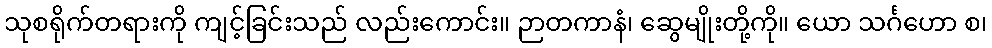
သုစရိုက်တရားကို ကျင့်ခြင်းသည် လည်းကောင်း။ ဉာတကာနံ၊ ဆွေမျိုးတို့ကို။ ယော သင်္ဂဟော စ၊